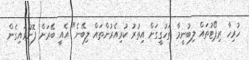
ހުރިހާ ރިޕޯޓުތައް ލިބުނީމާ ތަހުގީގަށް އިތުރު ކުރިއެރުންތައް ލިބޭނެ" އެއީ ބޭރަށް ފޮނުވައިގެން